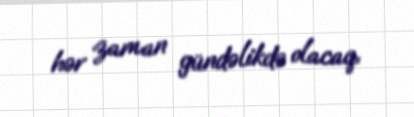
hər zaman gündəlikdə olacaq.